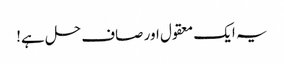
یہ ایک معقول اور صاف حل ہے!